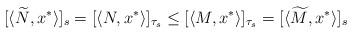
LaTeX: \begin{align*} [\langle \widetilde N, x^*\rangle]_s = [\langle N, x^*\rangle]_{\tau_s} \leq [\langle M, x^*\rangle]_{\tau_s} = [\langle \widetilde M, x^*\rangle]_s\end{align*}